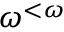
\omega ^ { < \omega }